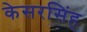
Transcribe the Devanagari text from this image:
केसरसिंह